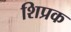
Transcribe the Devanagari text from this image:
शिप्रक